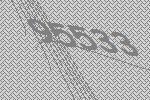
95533